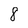
Character: 8